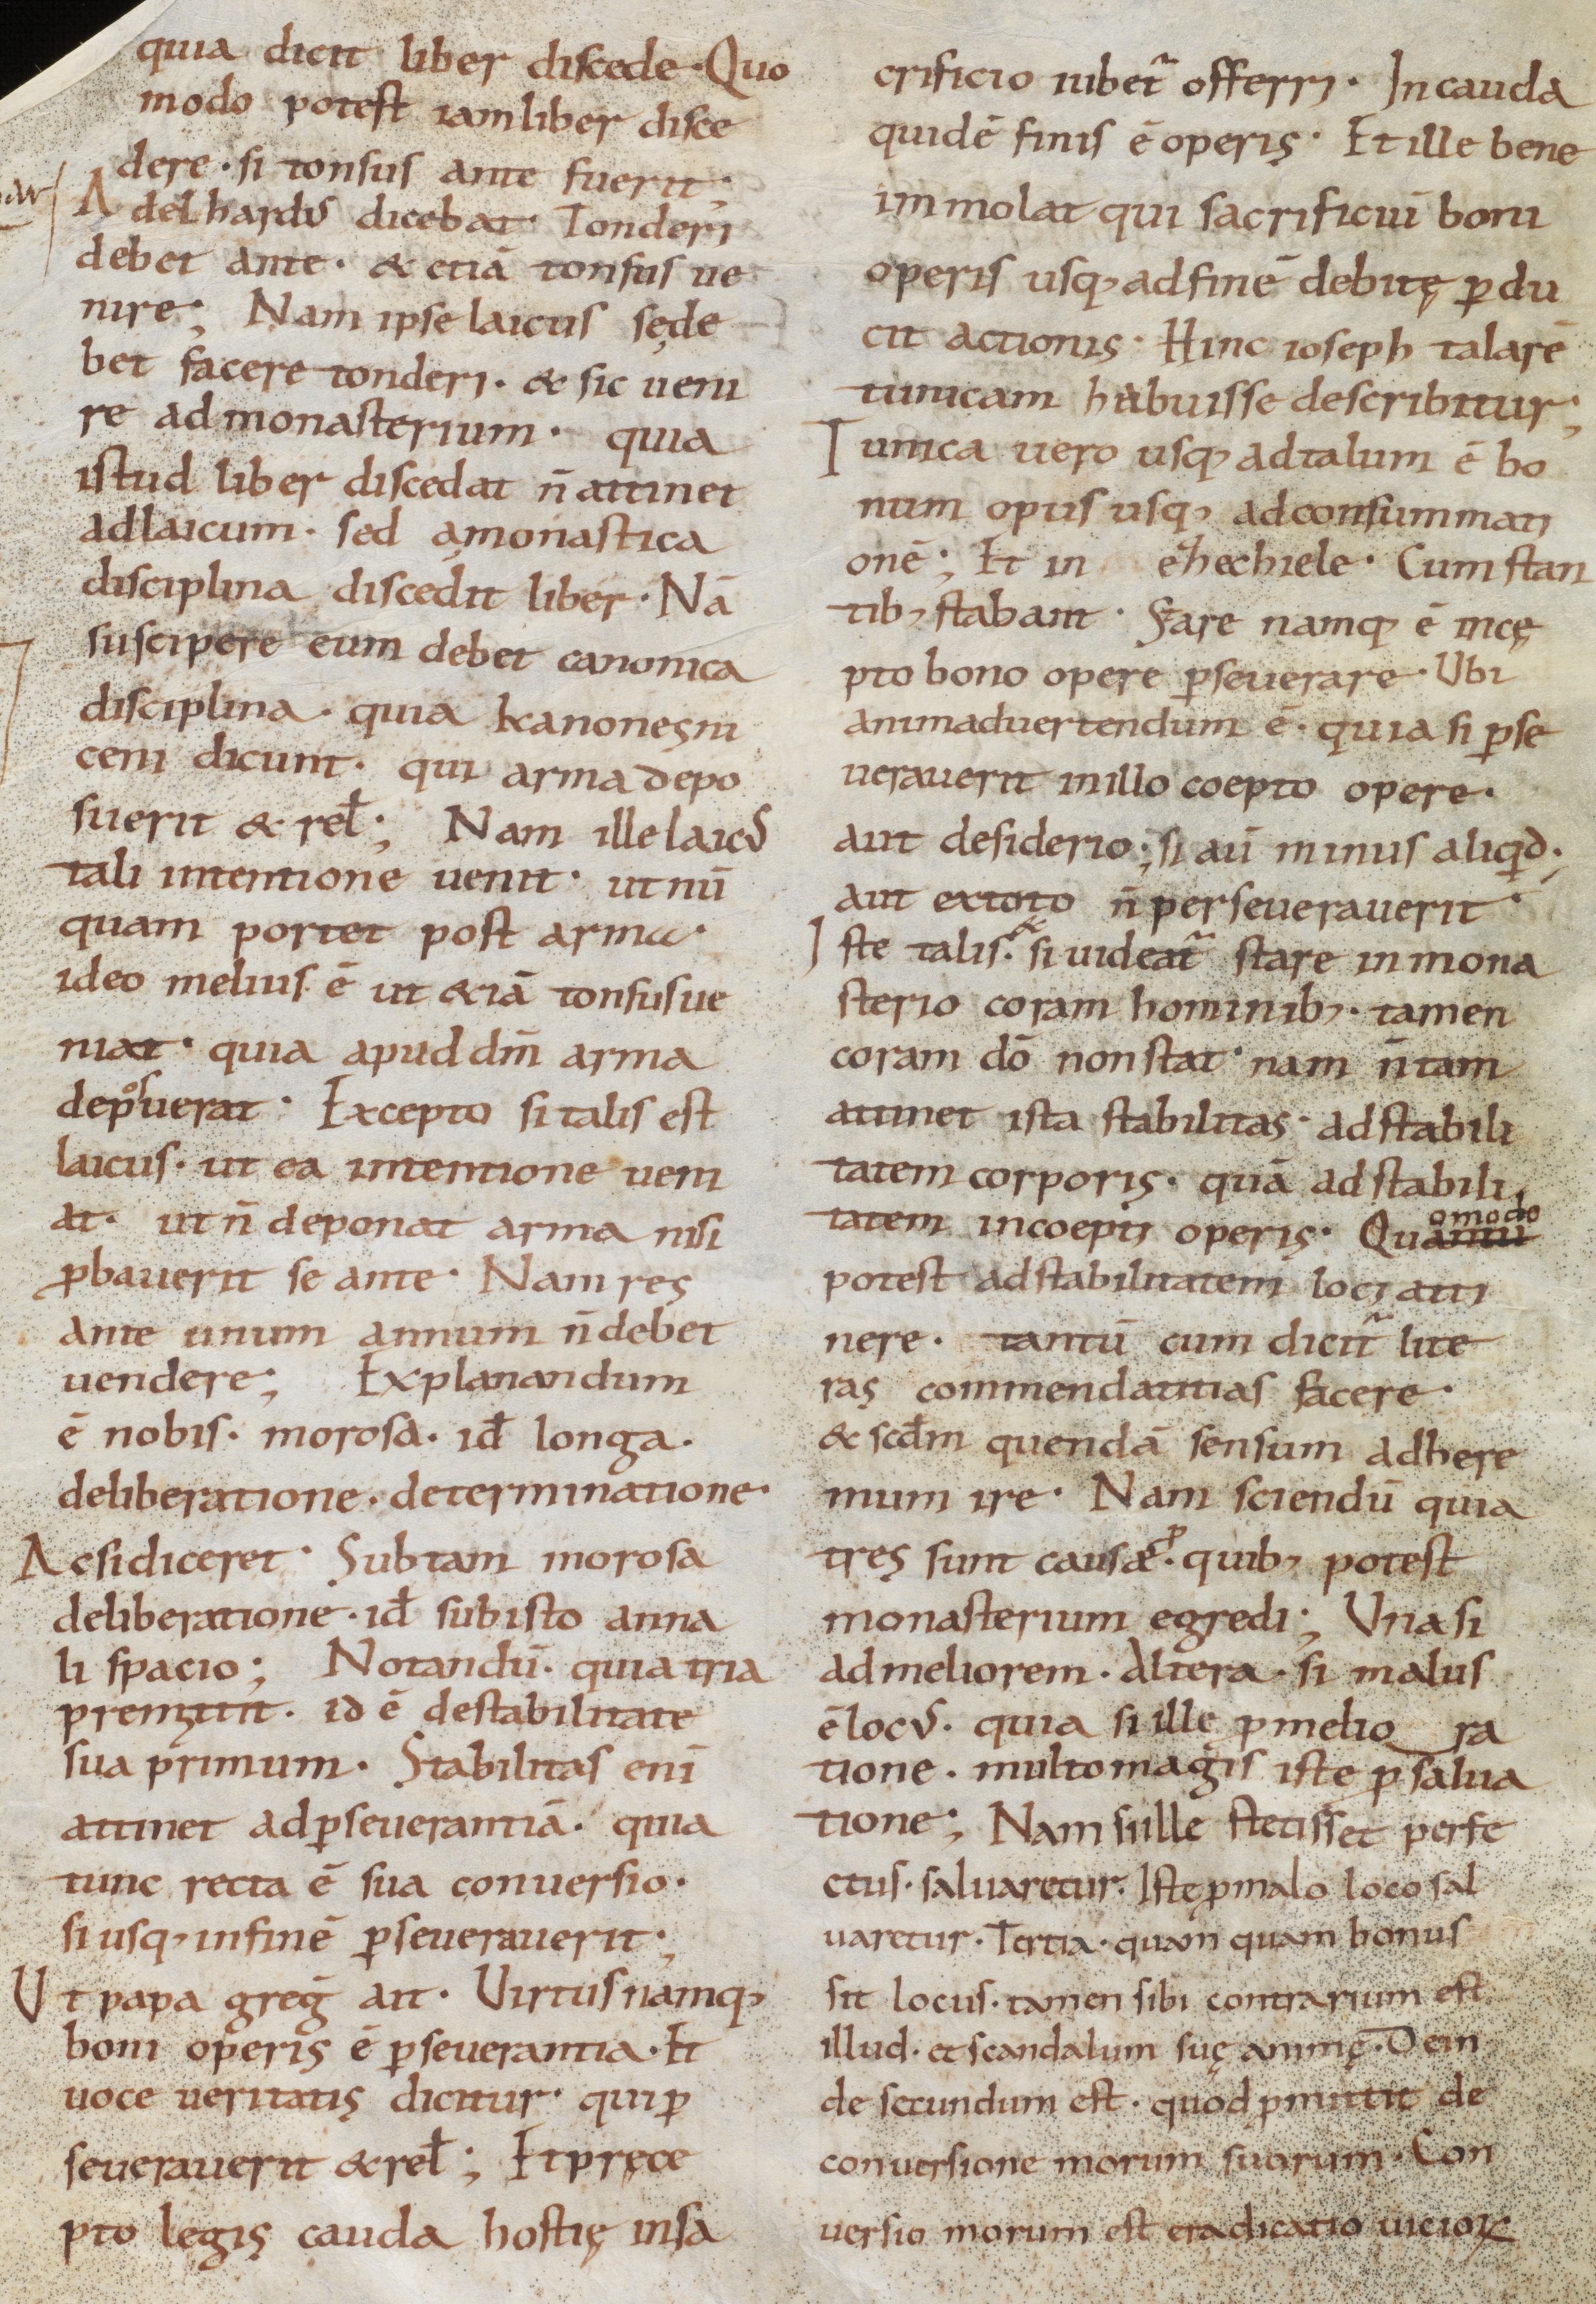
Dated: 800–999